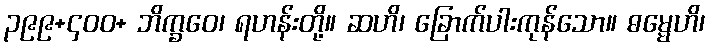
၃၉၉+၄၀၀+ ဘိက္ခဝေ၊ ရဟန်းတို့။ ဆဟိ၊ ခြောက်ပါးကုန်သော။ ဓမ္မေဟိ၊